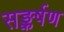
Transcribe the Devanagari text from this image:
सङ्कर्षण